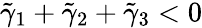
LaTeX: \tilde{\gamma}_{1}+\tilde{\gamma}_{2}+\tilde{\gamma}_{3}<0